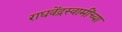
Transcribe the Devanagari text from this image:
राघवेंद्रस्वामींच्या